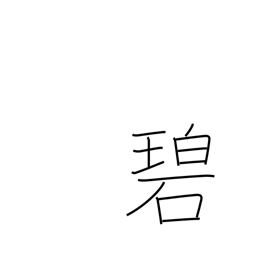
Meaning: green